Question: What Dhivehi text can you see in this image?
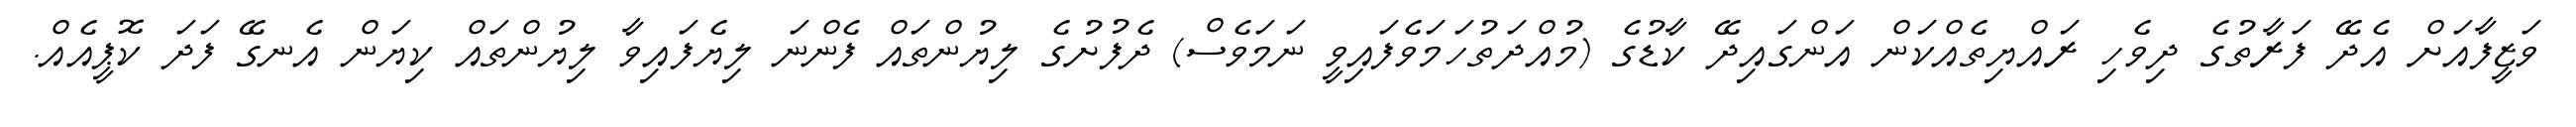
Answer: ވަޒީފާއަށް އެދޭ ފަރާތުގެ ދިވެހި ރައްޔިތެއްކަން އަންގައިދޭ ކާޑުގެ (މުއްދަތުހަމަވެފައިވީ ނަމަވެސް) ދެފުށުގެ ލިޔުންތައް ފެންނަ ލިޔެފައިވާ ލިޔުންތައް ކިޔަން އެނގޭ ފަދަ ކޮޕީއެއް.